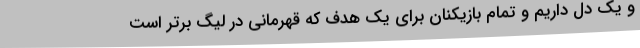
و یک دل داریم و تمام بازیکنان برای یک هدف که قهرمانی در لیگ برتر است